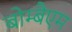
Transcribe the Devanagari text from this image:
बोम्बैएम